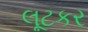
લૂટકર